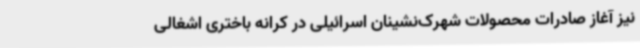
نیز آغاز صادرات محصولات شهرک‌نشینان اسرائیلی در کرانه باختری اشغالی